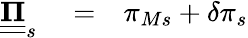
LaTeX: \begin{array}{rlr}{\underline{{\underline{{\mathbf{\Pi}}}}}_{s}}&{{}=}&{\pi_{Ms}+\delta\pi_{s}}\end{array}